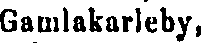
Gamlakarleby,